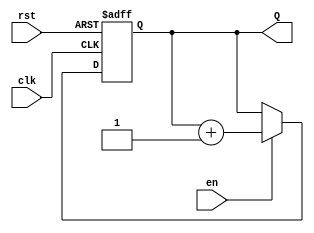
module binary_up_counter #(parameter WIDTH = 4) (
    input wire clk,         // Clock input
    input wire rst,        // Asynchronous reset
    input wire en,         // Enable input
    output reg [WIDTH-1:0] Q // n-bit output
);

// Asynchronous Reset and Counting Logic
always @(posedge clk or posedge rst) begin
    if (rst) begin
        Q <= 0; // Reset counter to 0
    end else if (en) begin
        Q <= Q + 1; // Increment counter
    end
end

endmodule